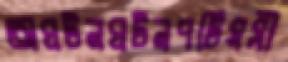
অঘটনঘটনপটিয়সী